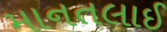
માનતલાઈ